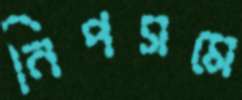
নিপসমে